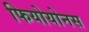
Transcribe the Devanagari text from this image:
फियोयोनस